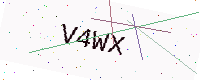
Text: V4WX